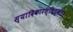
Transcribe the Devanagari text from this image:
स्यादिकारश्चित्कला